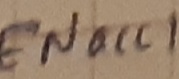
Text: ENacc1